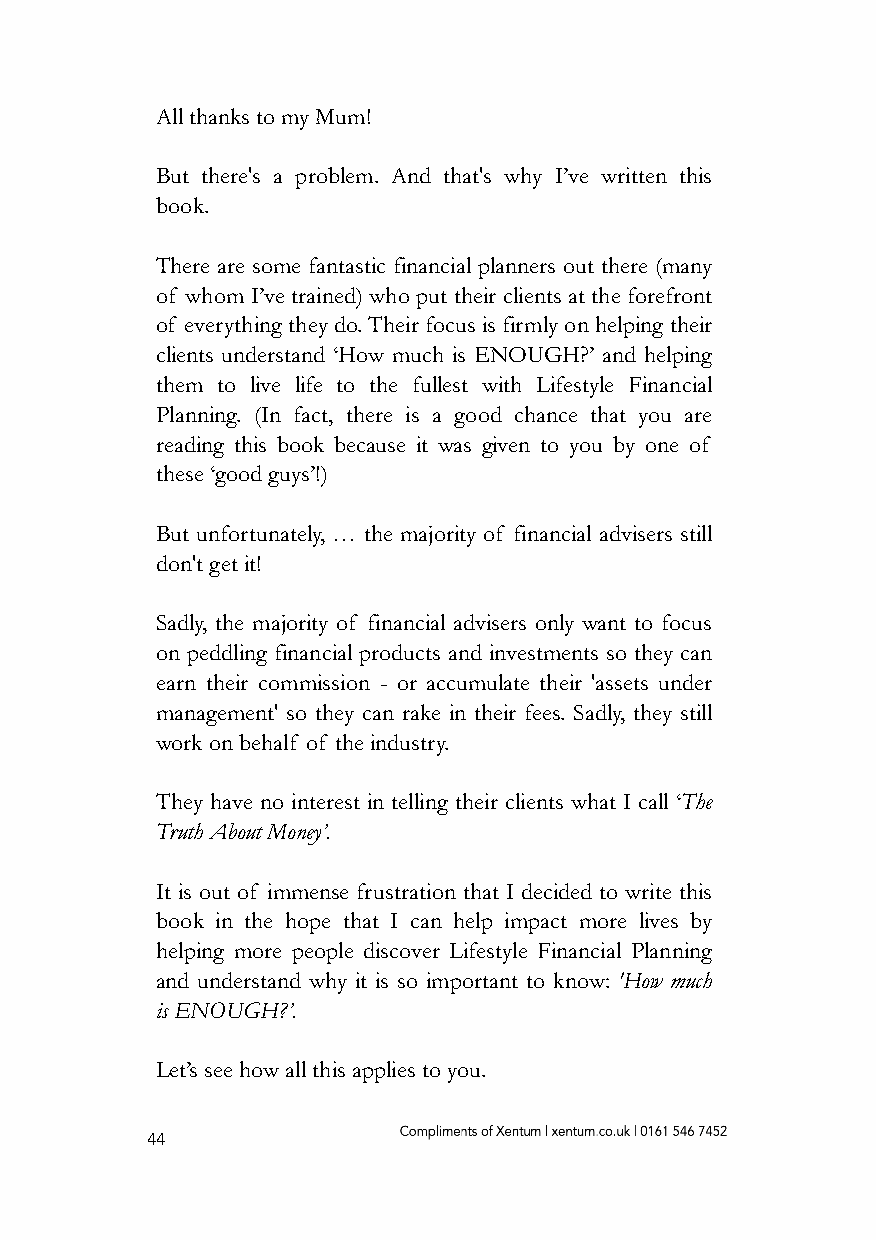
All thanks to my Mum!
 But there's a problem. And that's why I’ve written this
 book.
 There are some fantastic financial planners out there (many
 of whom I’ve trained) who put their clients at the forefront
 of everything they do. Their focus is firmly on helping their
 clients understand ‘How much is ENOUGH?’ and helping
 them to live life to the fullest with Lifestyle Financial
 Planning. (In fact, there is a good chance that you are
 reading this book because it was given to you by one of
 these ‘good guys’!)
 But unfortunately, … the majority of financial advisers still
 don't get it!
 Sadly, the majority of financial advisers only want to focus
 on peddling financial products and investments so they can
 earn their commission - or accumulate their 'assets under
 management' so they can rake in their fees. Sadly, they still
 work on behalf of the industry.
 They have no interest in telling their clients what I call ‘The
 Truth About Money’.
 It is out of immense frustration that I decided to write this
 book in the hope that I can help impact more lives by
 helping more people discover Lifestyle Financial Planning
 and understand why it is so important to know: 'How much
 is ENOUGH?’.
 Let’s see how all this applies to you.
 44